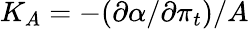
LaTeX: K_{A}=-({\partial}\alpha/{\partial}{\pi}_{t})/A